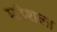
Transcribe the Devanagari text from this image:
महेशला